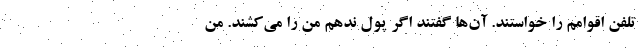
تلفن اقوامم را خواستند. آن‌ها گفتند اگر پول ندهم من را می‌کشند. من